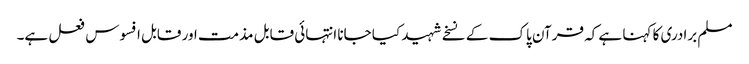
مسلم برادری کا کہنا ہے کہ قرآن پاک کے نسخے شہید کیا جانا انتہائی قابل مذمت اور قابل افسوس فعل ہے۔